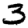
Digit: 3